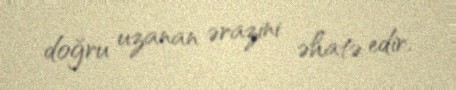
doğru uzanan ərazini əhatə edir.